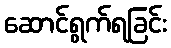
ဆောင်ရွက်ရခြင်း